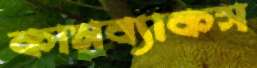
কামব্যাকস